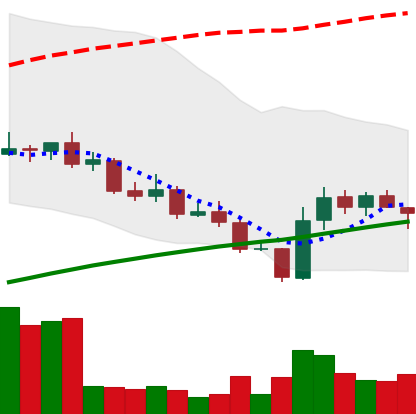
Ticker: LINK-USD
Chart end date: 2020-09-29
Forward return: -7.02%
Label: down_7plus